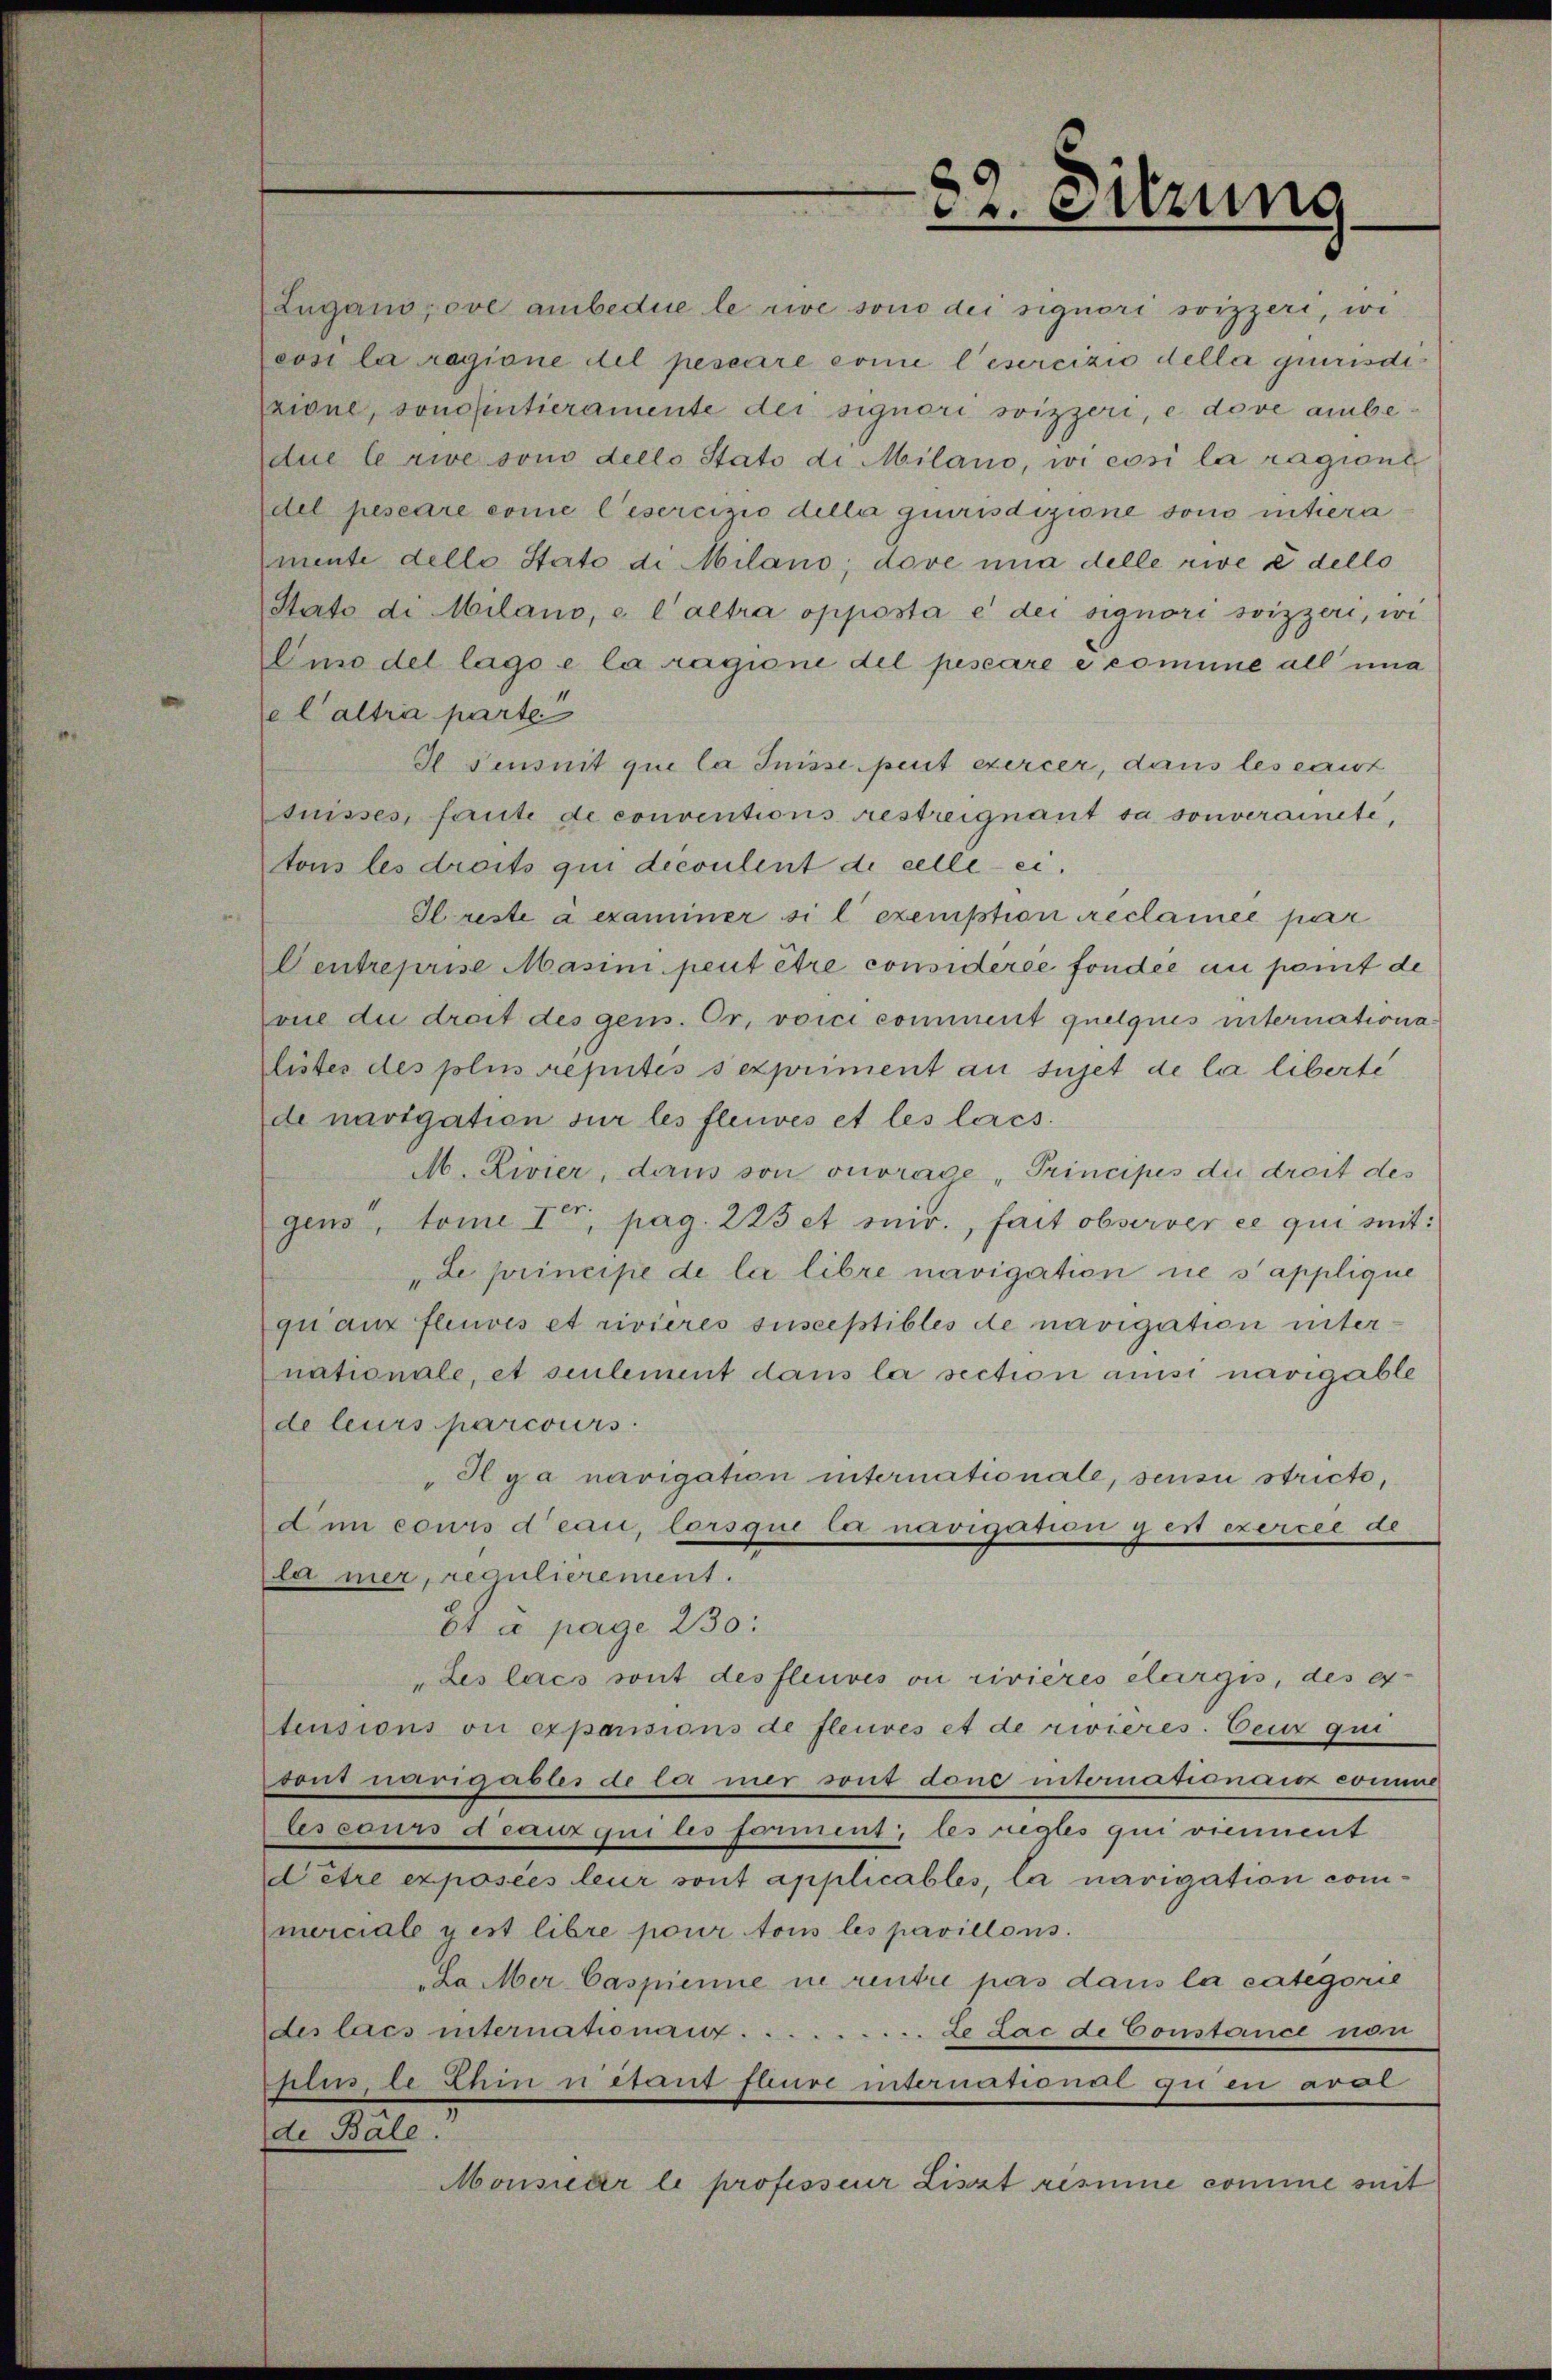
Lugano, ove ambedue le rive sono dei signori soizzeri, wi
cosi la ragione del pescaire come l’esercizio della giurisdizione, sonalentieramente der signori soizzeri, e dove anbedue le rive sono dello Stato di Milano, wi cosi la ragione
del peseare come l’esercizio della giurisdizione sono intiera
mente dello Stato di Milano; dove una delle rive e dello
Stato di Milano, e l’altra opposta e der signori soizzeri, wi
Emodel lago e la ragione del pescare e comine all una
el altra parte
I Fensuit que la Suisse peut exercer, dans les carirt
fuisses, fernte de conventions restreignant sa souveraineté,
tons les droits qui decoulent de celle ei¬
Ilreste à examiner si l exemption reclamée par
Centreprise Masimi peut être considérée fonder in pomit de
vue du drait des gens. Or, voici comment quelques internationalistes des plus reputés sexpriment au sujet de la liberte
de navigation sur les fleuves et les lacs.
M. Rivier, dans son ouvrage „Principes die droit des
gens, tome Iten, pag. 223 et sur., fait observer ce qui mit:
de principe de la libre navigation ne s’applique
qui aux fleuves et civieres susceptibles de navigation unternationale, et seulement dans la section aussi navigable
de leurs parcours
Hlga navigation internationale, sensu stricte,
dum cours d’eau, lorsque lei navigation gent exercée de
la mer, regulierement.
6t à pag. 230:
„Les lacs sont des fleuves ou rivières elargis, des er-
tensions ou expensions de fleuves et de rivieres. Ceux qui
vont navigables de le mer sont done internationaisz comme
lescours deauzquiles forment; les regtes qui viennent
dêtre exposées leur sont applicables, la navigation commerciale gest libre pour tous les pavillons.
La der Caspinne in renti pas dans la categorie
des lacs internationam .........Le Lac de Constance non
phus de hin u étant saure international gu en avoi
de Bäle.
Monsuar le professeur Liszt risinne somme mit

22. Sitzung